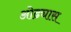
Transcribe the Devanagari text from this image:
ओढ्यास